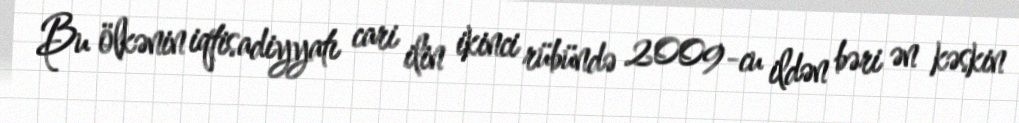
Bu ölkənin iqtisadiyyatı cari ilin ikinci rübündə 2009-cu ildən bəri ən kəskin